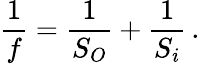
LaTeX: \frac{1}{f}=\frac{1}{S_{O}}+\frac{1}{S_{i}}\, .